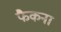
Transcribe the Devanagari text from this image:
फैकना